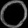
Digit: ၀